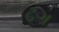
ઢગ